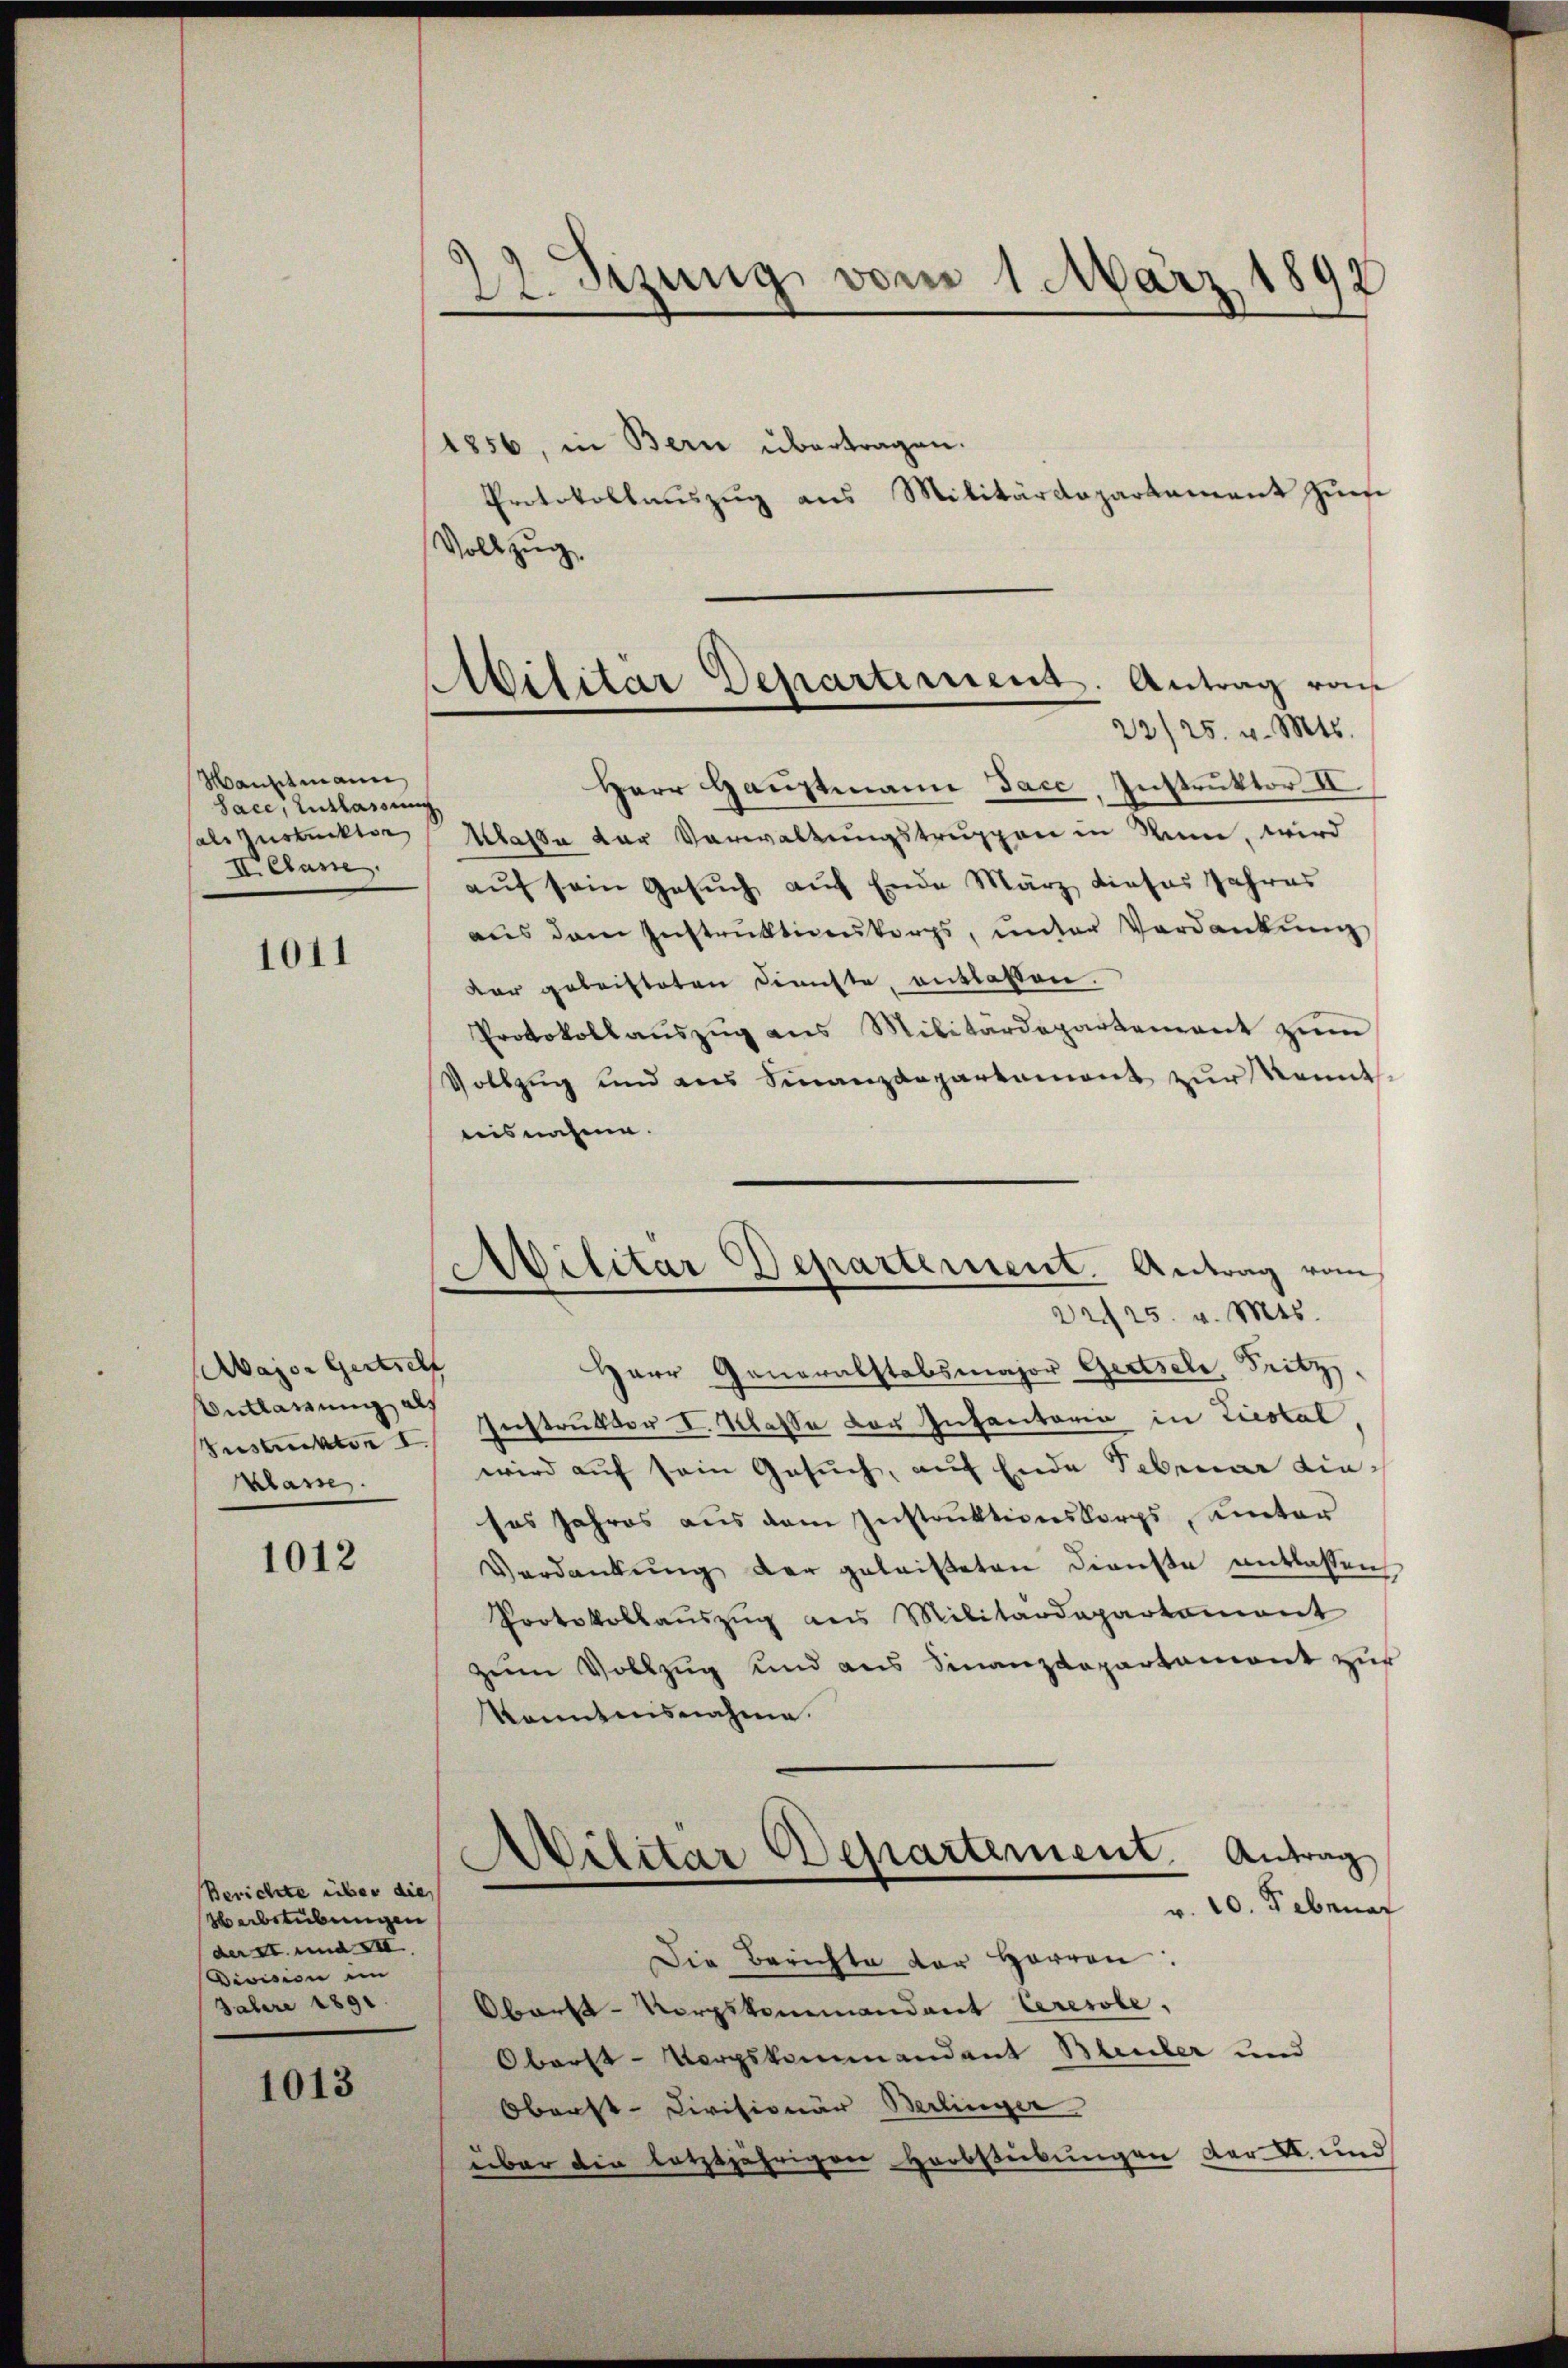
Hauptmann
Sace, Entlassung
sale zusteckten
II. Classe

1011

Aajor Gertreff
Entlarrung als
Zustickten I
Klasse

1012

Berichte über dies
Herbstübungen
der St. und XII.
Division im
Faber 1891.

1013

2 Sizung vom 1. März 1892

Militar Departement. Antrag von
23/25. v. Mts.

1856, in Bern übertragen.
Protokollauszug aus Militärdepartement Zinse
Vollzug.
Herr Hauptmann Jace, Instruktor. II
Kassa der Verwaltungstruppen in Wein, wird
aŭf sein Gesŭch auf Ende März dieses Jahres
aŭs dem Instruktionkorps, unter Verdankŭng
der geleisteten Dienste, entlassen.
Protokollauszug aus Militärdepartement zum
Vollzug und aus Sinanzdepartement zur Kennt
nisnahme.
Herr Generalstabsmajor Gesele, Fritz
Instruktor I. Klasse der Infantaria in Liestal,
wird auf sein Gesuch, auf Ende Februar dieses Jahres aus dem Instruktionskorps, unter
Verdankŭng der geleisteten Dienste entlassen,
Protokollaŭszŭg ans Militärdepartement
zum Vollzug und aus Finanzdepartament zur
kanntnisnahme.
Militar Departement. Antrag
v. 10. Februar
Die Berichte der Herren:
Obarte-Vorpskommandant Ceresole,
Oberst-Vorpskommandant Bleuler und
Oberst-Divisionär Berlinger
über die letztjährigen Herbstübungen der II. und

Militar Departement. Antrag vom
22425. v. Mts.